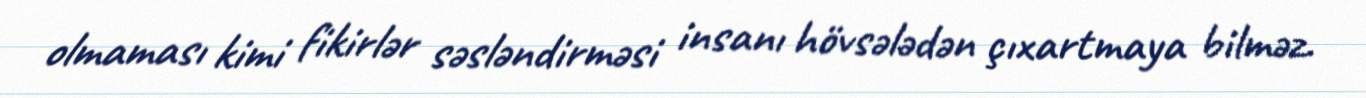
olmaması kimi fikirlər səsləndirməsi insanı hövsələdən çıxartmaya bilməz.